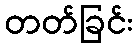
တတ်ခြင်း